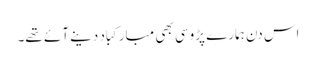
اس دن ہمارے پڑوسی بھی مبارکباد دینے آئے تھے۔